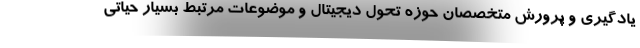
یادگیری و پرورش متخصصان حوزه تحول دیجیتال و موضوعات مرتبط بسیار حیاتی